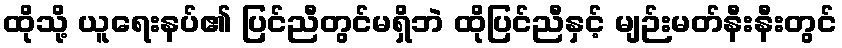
ထိုသို့ ယူရေးနပ်၏ ပြင်ညီတွင်မရှိဘဲ ထိုပြင်ညီနှင့် မျဉ်းမတ်နီးနီးတွင်